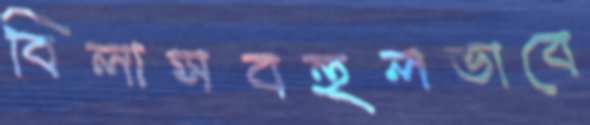
বিলাসবহুলভাবে